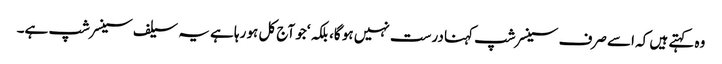
وہ کہتے ہیں کہ اسے صرف سینسرشپ کہنا درست نہیں ہو گا، بلکہ ‘جو آج کل ہو رہا ہے یہ سیلف سینسر شپ ہے۔